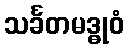
သင်္ခတမဒ္ဓုဝံ